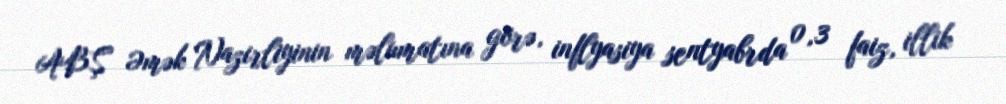
ABŞ Əmək Nazirliyinin məlumatına görə, inflyasiya sentyabrda 0,3 faiz, illik